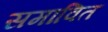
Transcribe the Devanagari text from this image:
समावित